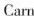
Carn